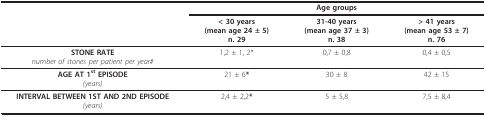
<table><thead><tr><td></td><td colspan="3"><b>Age groups</b></td></tr><tr><td></td><td><b>&lt; 30 years(mean age 24 ± 5)n. 29</b></td><td><b>31-40 years(mean age 37 ± 3)n. 38</b></td><td><b>&gt; 41 years(mean age 53 ± 7)n. 76</b></td></tr></thead><tbody><tr><td><b>STONE RATE</b><i>number of stones per patient per year#</i></td><td>1,2 ± 1, 2*</td><td>0,7 ± 0,8</td><td>0,4 ± 0,5</td></tr><tr><td><b>AGE AT 1<sup>st </sup>EPISODE</b><i>(years)</i></td><td>21 ± 6<b>*</b></td><td>30 ± 8</td><td>42 ± 15</td></tr><tr><td><b>INTERVAL BETWEEN 1ST AND 2ND EPISODE</b><i>(years)</i></td><td>2,4 ± 2,2<b>*</b></td><td>5 ± 5,8</td><td>7,5 ± 8,4</td></tr></tbody></table>